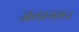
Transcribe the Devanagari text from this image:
जलागमन